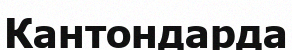
Кантондарда